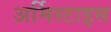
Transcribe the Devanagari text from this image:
अर्मिस्टाइस